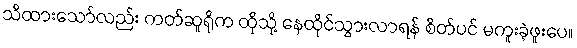
သိထားသော်လည်း ကတ်ဆူရိုက ထိုသို့ နေထိုင်သွားလာရန် စိတ်ပင် မကူးခဲ့ဖူးပေ။